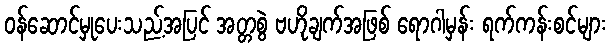
ဝန်ဆောင်မှုပေးသည့်အပြင် အတ္တစွဲ ဗဟိုချက်အဖြစ် ရောဂါမှန်း ရက်ကန်းစင်များ